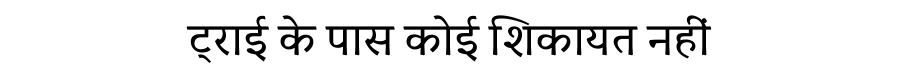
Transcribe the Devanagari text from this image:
ट्राई के पास कोई शिकायत नहीं